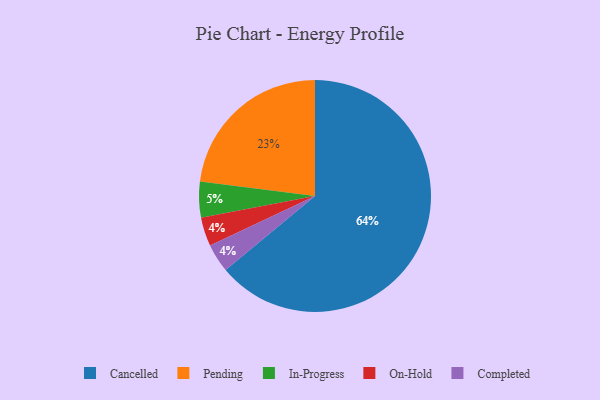
{"axis": {"x": "Category", "y": "Percentage"}, "legend": ["Cancelled", "Completed", "In-Progress", "On-Hold", "Pending"], "data": [{"x": "Cancelled", "y": 64, "type": "Cancelled"}, {"x": "On-Hold", "y": 4, "type": "On-Hold"}, {"x": "Completed", "y": 4, "type": "Completed"}, {"x": "Pending", "y": 23, "type": "Pending"}, {"x": "In-Progress", "y": 5, "type": "In-Progress"}]}